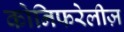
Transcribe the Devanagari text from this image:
कोनिफरेलीज़